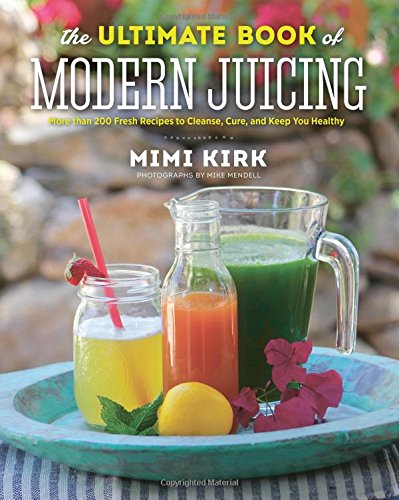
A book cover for The Ultimate Book of Modern Juicing: More than 200 Fresh Recipes to Cleanse, Cure, and Keep You Healthy; Mimi Kirk; Cookbooks, Food & Wine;